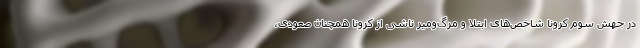
در جهش سوم کرونا شاخص‌های ابتلا و مرگ‌ومیر ناشی از کرونا همچنان صعودی،